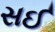
સઈ